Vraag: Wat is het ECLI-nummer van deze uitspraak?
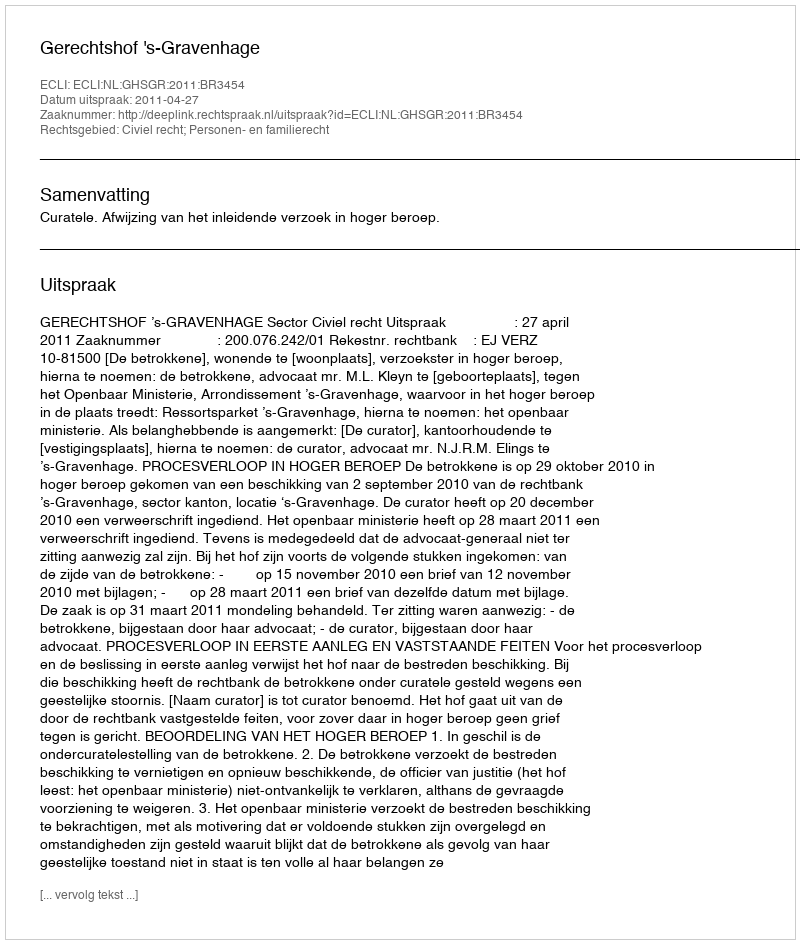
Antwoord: ECLI:NL:GHSGR:2011:BR3454